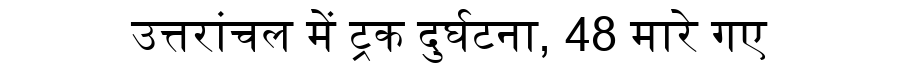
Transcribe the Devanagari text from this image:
उत्तरांचल में ट्रक दुर्घटना, 48 मारे गए